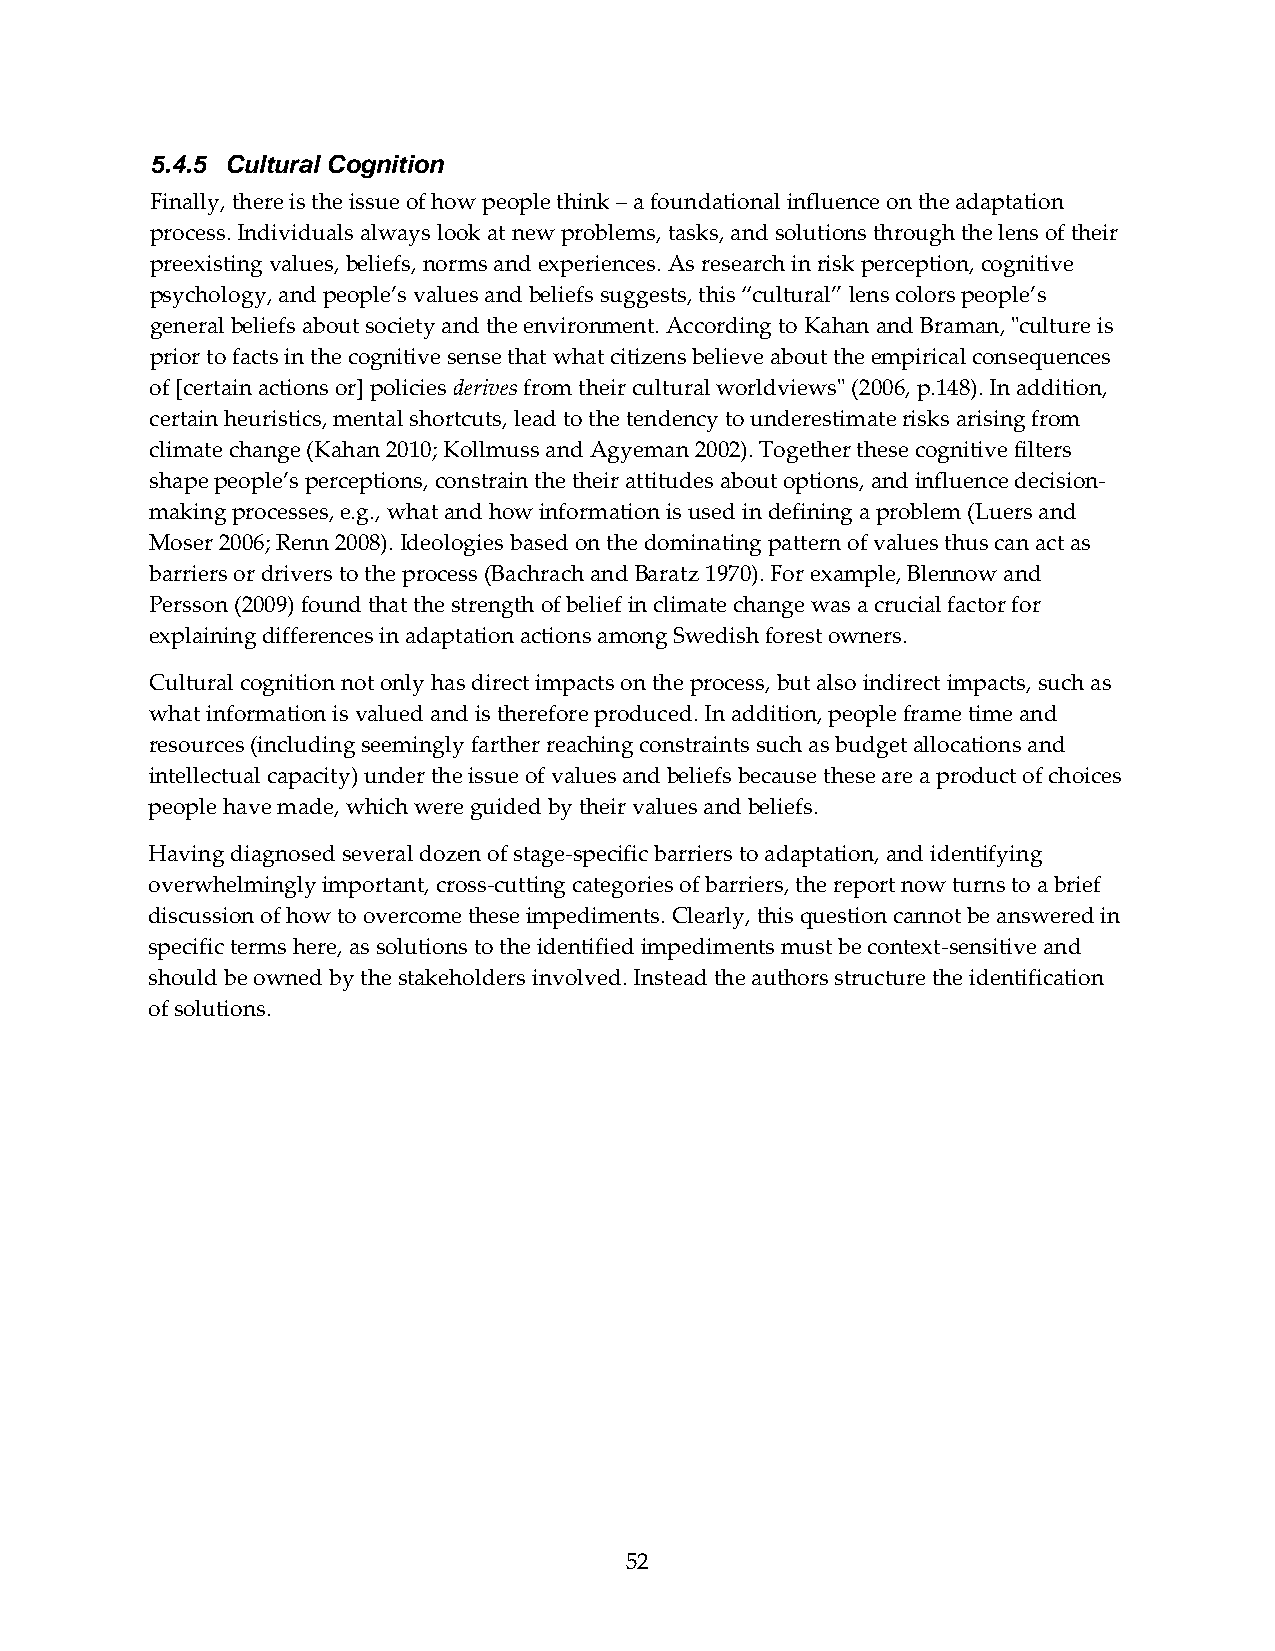
5.4.5 Cultural Cognition
 Finally, there is the issue of how people think – a foundational influence on the adaptation
 process. Individuals always look at new problems, tasks, and solutions through the lens of their
 preexisting values, beliefs, norms and experiences. As research in risk perception, cognitive
 psychology, and people’s values and beliefs suggests, this “cultural” lens colors people’s
 general beliefs about society and the environment. According to Kahan and Braman, ʺculture is
 prior to facts in the cognitive sense that what citizens believe about the empirical consequences
 of [certain actions or] policies derives from their cultural worldviewsʺ (2006, p.148). In addition,
 certain heuristics, mental shortcuts, lead to the tendency to underestimate risks arising from
 climate change (Kahan 2010; Kollmuss and Agyeman 2002). Together these cognitive filters
 shape people’s perceptions, constrain the their attitudes about options, and influence decision‐
 making processes, e.g., what and how information is used in defining a problem (Luers and
 Moser 2006; Renn 2008). Ideologies based on the dominating pattern of values thus can act as
 barriers or drivers to the process (Bachrach and Baratz 1970). For example, Blennow and
 Persson (2009) found that the strength of belief in climate change was a crucial factor for
 explaining differences in adaptation actions among Swedish forest owners.
 Cultural cognition not only has direct impacts on the process, but also indirect impacts, such as
 what information is valued and is therefore produced. In addition, people frame time and
 resources (including seemingly farther reaching constraints such as budget allocations and
 intellectual capacity) under the issue of values and beliefs because these are a product of choices
 people have made, which were guided by their values and beliefs.
 Having diagnosed several dozen of stage‐specific barriers to adaptation, and identifying
 overwhelmingly important, cross‐cutting categories of barriers, the report now turns to a brief
 discussion of how to overcome these impediments. Clearly, this question cannot be answered in
 specific terms here, as solutions to the identified impediments must be context‐sensitive and
 should be owned by the stakeholders involved. Instead the authors structure the identification
 of solutions.
 52